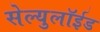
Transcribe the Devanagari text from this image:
सेल्युलॉईड